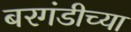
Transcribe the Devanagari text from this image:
बरगंडीच्या